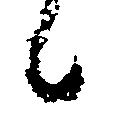
候